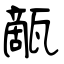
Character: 甋